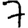
Digit: 7